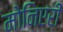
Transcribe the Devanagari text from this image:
मोनिएरी